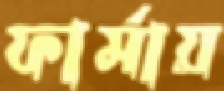
ফার্মায়